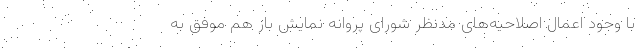
با وجود اعمال اصلاحیه‌های مدنظر شورای پروانه نمایش باز هم موفق به